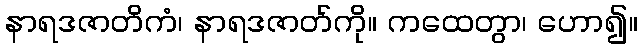
နာရဒဇာတိကံ၊ နာရဒဇာတ်ကို။ ကထေတွာ၊ ဟော၍။